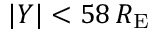
| Y | < 5 8 \, R _ { \mathrm { E } }